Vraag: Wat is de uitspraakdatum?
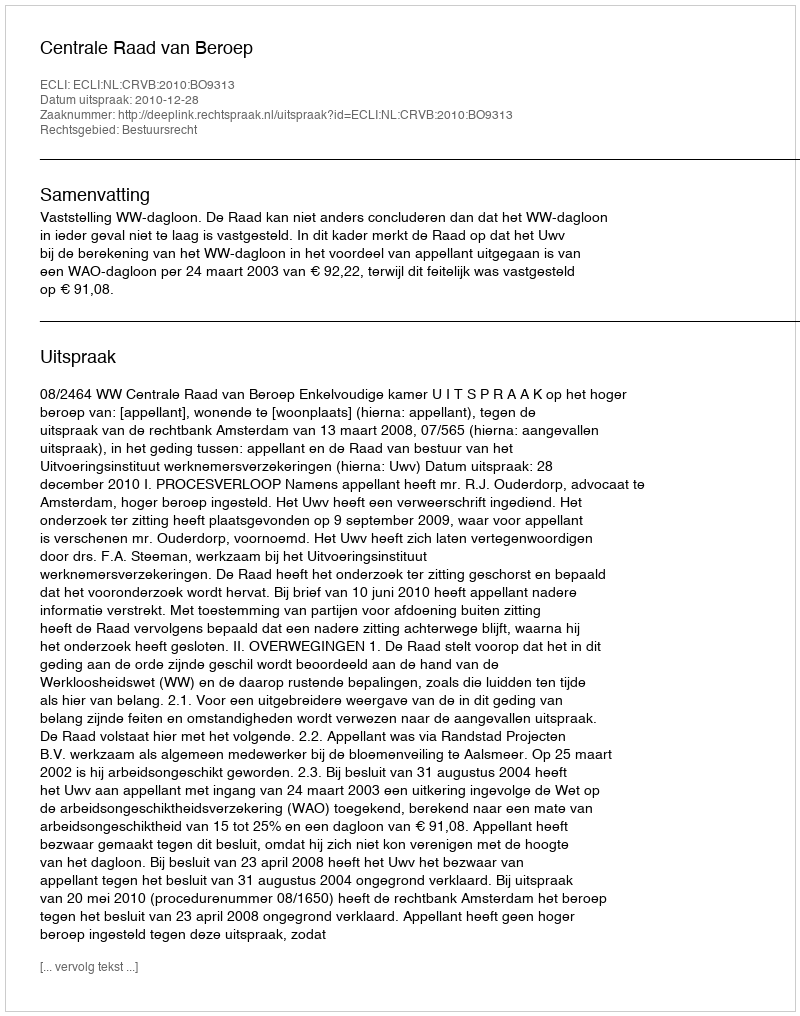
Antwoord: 2010-12-28